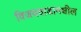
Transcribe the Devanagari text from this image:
विजयवाडामधील